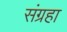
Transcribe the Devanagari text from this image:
संग्रहा